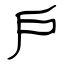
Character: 戶